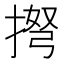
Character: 𢮫